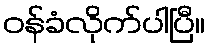
ဝန်ခံလိုက်ပါပြီ။